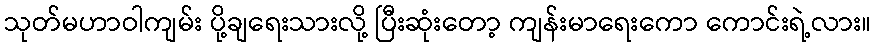
သုတ်မဟာဝါကျမ်း ပို့ချရေးသားလို့ ပြီးဆုံးတော့ ကျန်းမာရေးကော ကောင်းရဲ့လား။